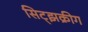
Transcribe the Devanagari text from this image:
सिट्झक्रीग